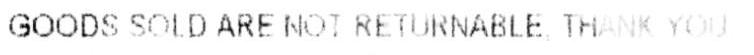
GOODS SOLD ARE NOT RETRNABLE TH